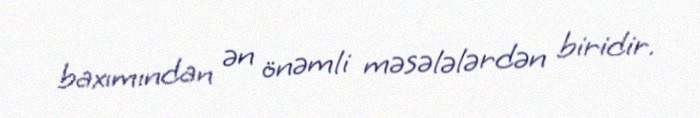
baxımından ən önəmli məsələlərdən biridir.